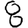
Digit: 8